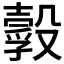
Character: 𣫌